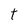
Character: t